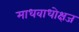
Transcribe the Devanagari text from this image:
माधवाधोक्षज